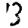
Digit: 3